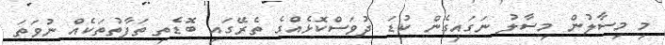
މި މިސާލުން މިސާލު ނަގައިގެން ކުޑަ ދުވަސްކޮޅެއްގެ ތެރޭގައި ބޮޑެތި ތަފާތުތަކެއް ނުވަތަ